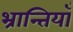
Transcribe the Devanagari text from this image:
भ्रान्तियाँ